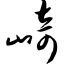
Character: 崎